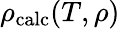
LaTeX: \rho_{\mathrm{calc}}(T,\rho)